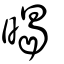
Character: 暍